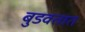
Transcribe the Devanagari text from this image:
बुडवतात